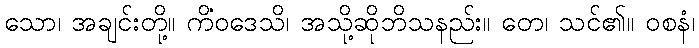
သော၊ အချင်းတို့။ ကိံဝဒေသိ၊ အသို့ဆိုဘိသနည်း။ တေ၊ သင်၏။ ဝစနံ၊